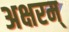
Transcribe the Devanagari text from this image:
अक्षरम्